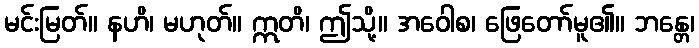
မင်းမြတ်။ နဟိ၊ မဟုတ်။ ဣတိ၊ ဤသို့။ အဝေါစ၊ ဖြေတော်မူ၏။ ဘန္တေ၊